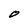
Character: 0